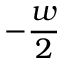
- \frac w 2